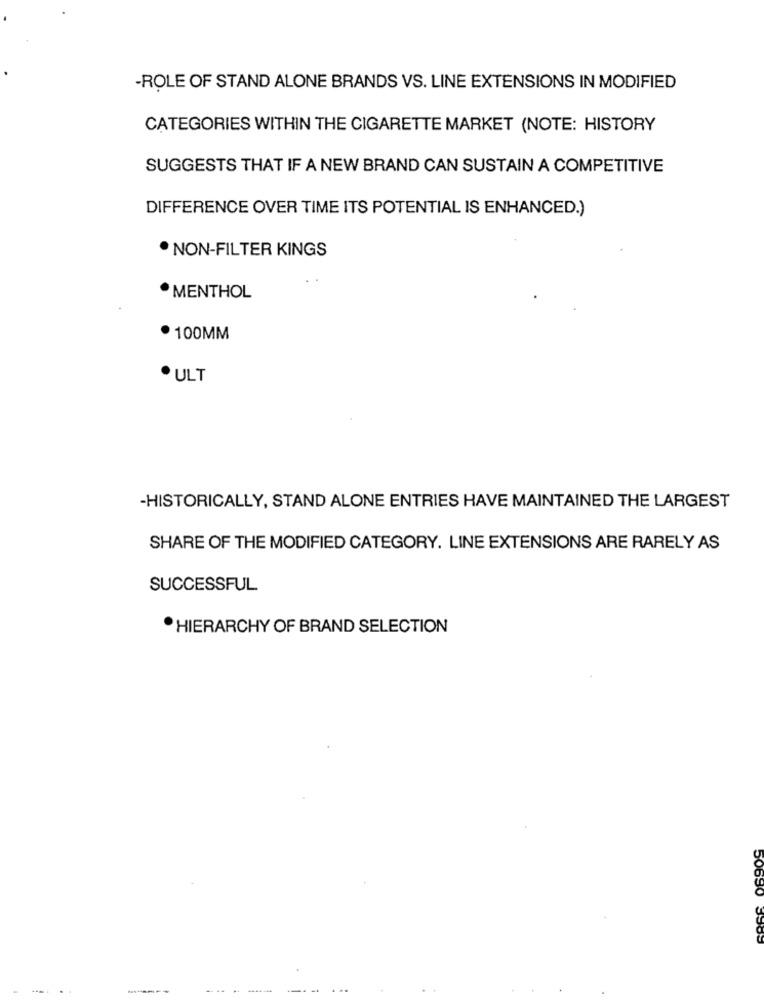
-ROLE OF STAND ALONE BRANDS VS. LINE EXTENSIONS IN MODIFIED
CATEGORIES WITHIN THE CIGARETTE MARKET (NOTE: HISTORY
SUGGESTS THAT IF A NEW BRAND CAN SUSTAIN A COMPETITIVE
DIFFERENCE OVER TIME ITS POTENTIAL IS ENHANCED.)
. NON-FILTER KINGS
· MENTHOL
· 100MM
· ULT
-HISTORICALLY, STAND ALONE ENTRIES HAVE MAINTAINED THE LARGEST
SHARE OF THE MODIFIED CATEGORY. LINE EXTENSIONS ARE RARELY AS
SUCCESSFUL
. HIERARCHY OF BRAND SELECTION
50690
------
.. .
--. ..